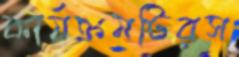
কার্যক্রমটিরস